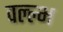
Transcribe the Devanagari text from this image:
वल्ल्भ